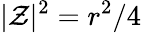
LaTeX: |\mathcal{Z}|^{2}=r^{2}/4